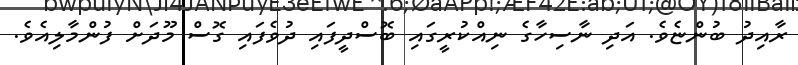
ރާއިދު ބުންޏެވެ. އަދި ނާސިހާގެ ނިއްކުރީގައި ބޮސްދީފައި ދުވެފައި ގޮސް މޫދަށް ފުންމާލިއެވެ.